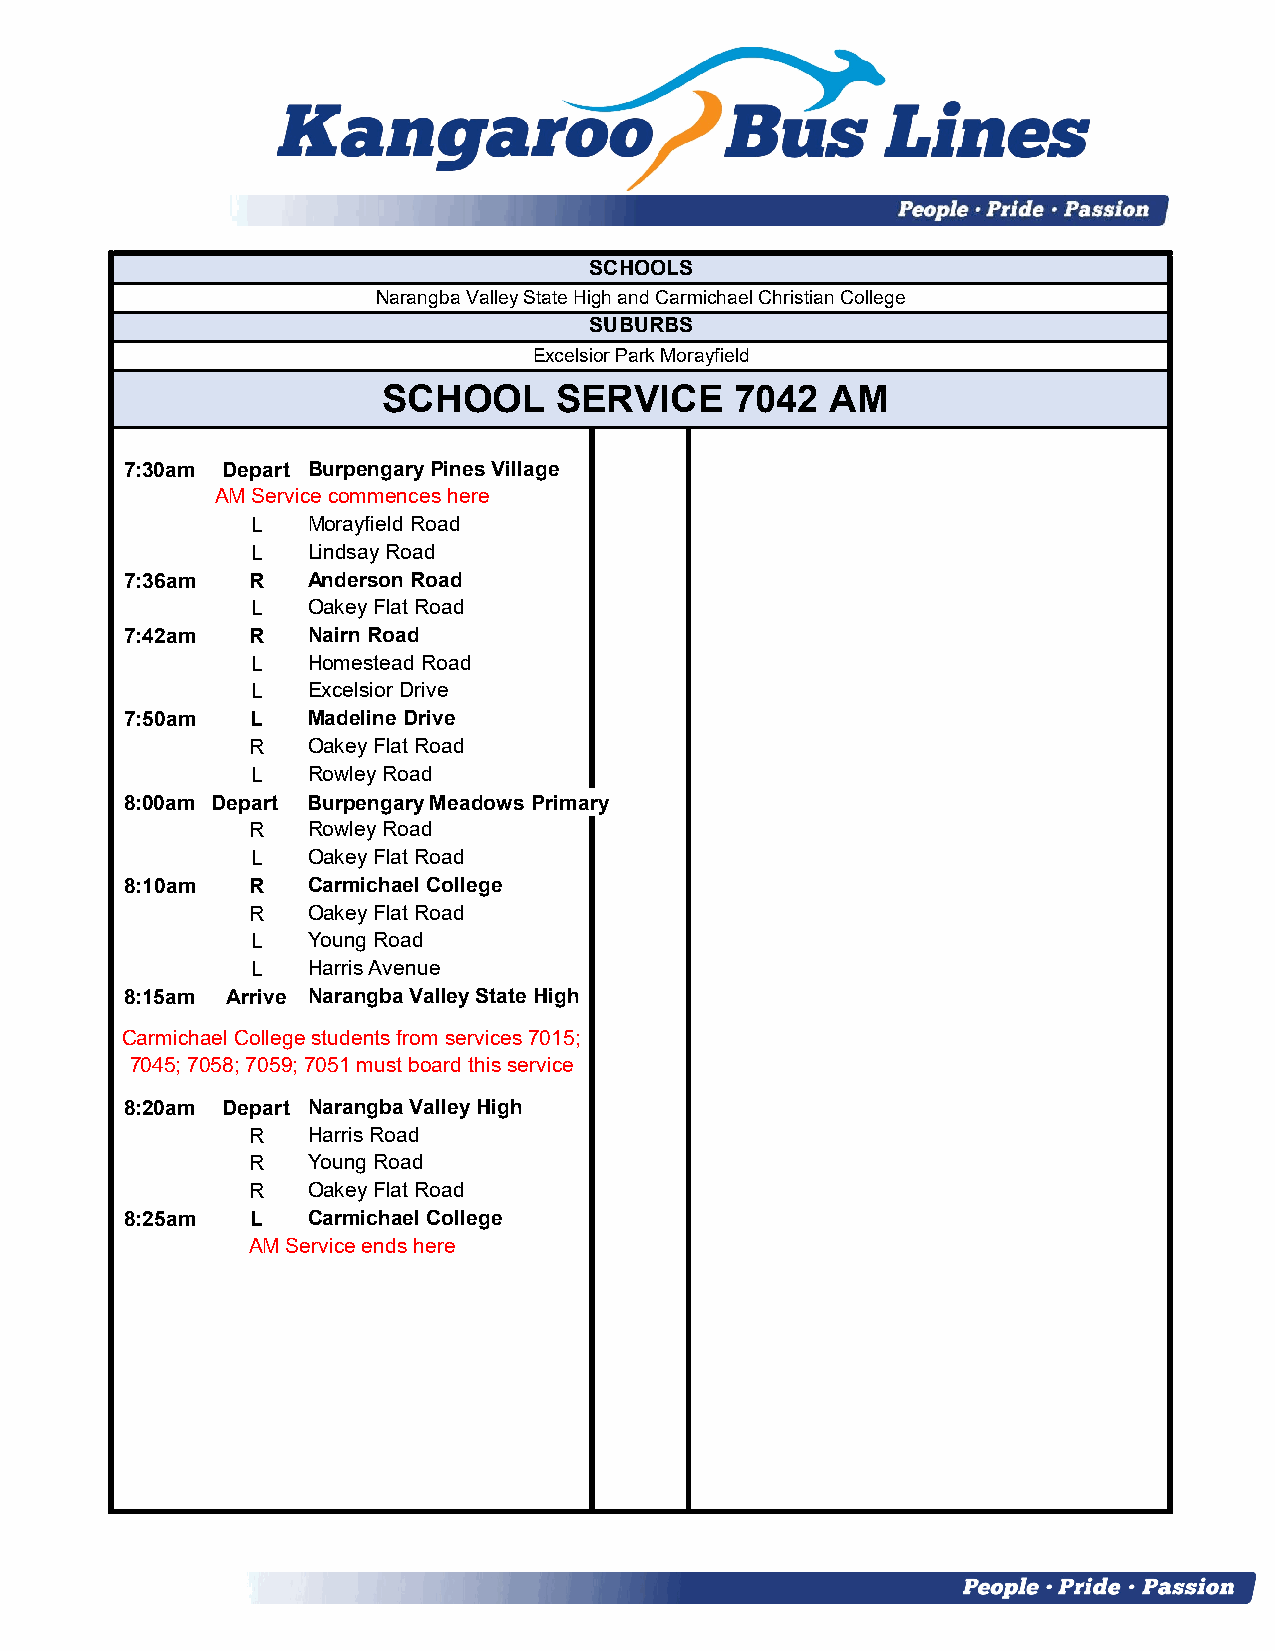
SCHOOLS
 Narangba Valley State High and Carmichael Christian College
 SUBURBS
 Excelsior Park Morayfield
 SCHOOL      SERVICE     7042  AM
 7:30am Depart Burpengary Pines Village
 AM Service commences here
 L  Morayfield Road
 L  Lindsay Road
 7:36am  R   Anderson Road
 L  Oakey Flat Road
 7:42am  R   Nairn Road
 L  Homestead Road
 L  Excelsior Drive
 7:50am   L  Madeline Drive
 R   Oakey Flat Road
 L  Rowley Road
 8:00am Depart Burpengary Meadows Primary
 R   Rowley Road
 L  Oakey Flat Road
 8:10am  R   Carmichael College
 R   Oakey Flat Road
 L  Young Road
 L  Harris Avenue
 8:15am Arrive Narangba Valley State High
 Carmichael College students from services 7015;
 7045; 7058; 7059; 7051 must board this service
 8:20am Depart Narangba Valley High
 R   Harris Road
 R   Young Road
 R   Oakey Flat Road
 8:25am   L  Carmichael College
 AM Service ends here